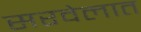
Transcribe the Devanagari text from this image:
सरवेलात